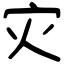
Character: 灾